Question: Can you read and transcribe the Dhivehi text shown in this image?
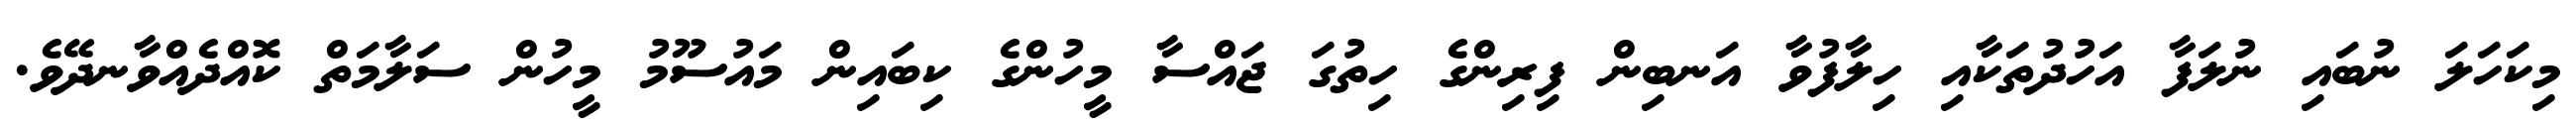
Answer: މިކަހަލަ ނުބައި ނުލަފާ އަހުދުތަކާއި ހިލާފުވާ އަނބިން ފިރިންގެ ހިތުގަ ޖައްސާ މީހުންގެ ކިބައިން މައުސޫމު މީހުން ސަލާމަތް ކޮއްދެއްވާނދޭވެ.